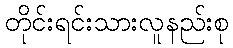
တိုင်းရင်းသားလူနည်းစု